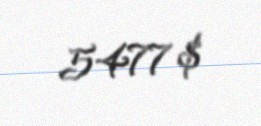
5477 $